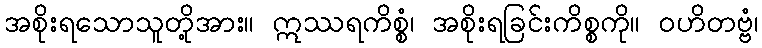
အစိုးရသောသူတို့အား။ ဣဿရကိစ္စံ၊ အစိုးရခြင်းကိစ္စကို။ ဝဟိတဗ္ဗံ၊